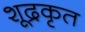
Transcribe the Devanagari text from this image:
शूद्रकृत